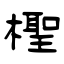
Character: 檉